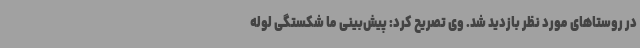
در روستاهای مورد نظر بازدید شد. وی تصریح کرد: پیش‌بینی ما شکستگی لوله